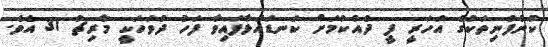
ކުންފުނިތަކުގެ އަހަރީ ފީ ދެއްކުމަށް ކަނޑައަޅާފައިވާ ފަހު ދުވަހަކީ މާރިޗު 31 އެވެ.